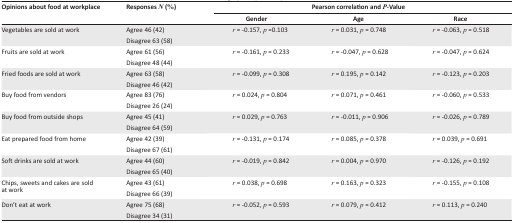
| <ROWSPAN=2> Opinions about food at workplace | <ROWSPAN=2> Responses N (%) | <COLSPAN=3> Pearson correlation and P-Value |
 | Gender | Age | Race |
 | --- | --- | --- | --- | --- |
 | <ROWSPAN=2> Vegetables are sold at work | Agree 46 (42) | r = −0.157, p =0.103 | r = 0.031, p = 0.748 | r = −0.063, p = 0.518 |
 | Disagree 63 (58) |  |  |  |
 | <ROWSPAN=2> Fruits are sold at work | Agree 61 (56) | r = −0.161, p = 0.233 | r = −0.047, p = 0.628 | r = −0.047, p = 0.624 |
 | Disagree 48 (44) |  |  |  |
 | <ROWSPAN=2> Fried foods are sold at work | Agree 63 (58) | r = −0.099, p = 0.308 | r = 0.195, p = 0.142 | r = −0.123, p = 0.203 |
 | Disagree 46 (42) |  |  |  |
 | <ROWSPAN=2> Buy food from vendors | Agree 83 (76) | r = 0.024, p = 0.804 | r = 0.071, p = 0.461 | r = −0.060, p = 0.533 |
 | Disagree 26 (24) |  |  |  |
 | <ROWSPAN=2> Buy food from outside shops | Agree 45 (41) | r = 0.029, p = 0.763 | r = −0.011, p = 0.906 | r = −0.026, p = 0.789 |
 | Disagree 64 (59) |  |  |  |
 | <ROWSPAN=2> Eat prepared food from home | Agree 42 (39) | r = −0.131, p = 0.174 | r = 0.085, p = 0.378 | r = 0.039, p = 0.691 |
 | Disagree 67 (61) |  |  |  |
 | <ROWSPAN=2> Soft drinks are sold at work | Agree 44 (60) | r = −0.019, p = 0.842 | r = 0.004, p = 0.970 | r = −0.126, p = 0.192 |
 | Disagree 65 (40) |  |  |  |
 | <ROWSPAN=2> Chips, sweets and cakes are sold at work | Agree 43 (61) | r = 0.038, p = 0.698 | r = 0.163, p = 0.323 | r = −0.155, p = 0.108 |
 | Disagree 66 (39) |  |  |  |
 | <ROWSPAN=2> Don’t eat at work | Agree 75 (68) | r = −0.052, p = 0.593 | r = 0.079, p = 0.412 | r = 0.113, p = 0.240 |
 | Disagree 34 (31) |  |  |  |